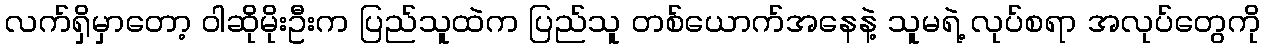
လက်ရှိမှာတော့ ဝါဆိုမိုးဦးက ပြည်သူထဲက ပြည်သူ တစ်ယောက်အနေနဲ့ သူမရဲ့ လုပ်စရာ အလုပ်တွေကို